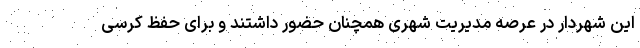
این شهردار در عرصه مدیریت شهری همچنان حضور داشتند و برای حفظ کرسی